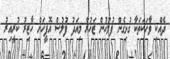
ދެއްކި ވާހަކަތަކާ ގުޅިގެން ފުލުހުން ޒަހުރާ މިއަދު ފުލުސް އޮފީހަށް ހާޒިރު ކުރީއިރު